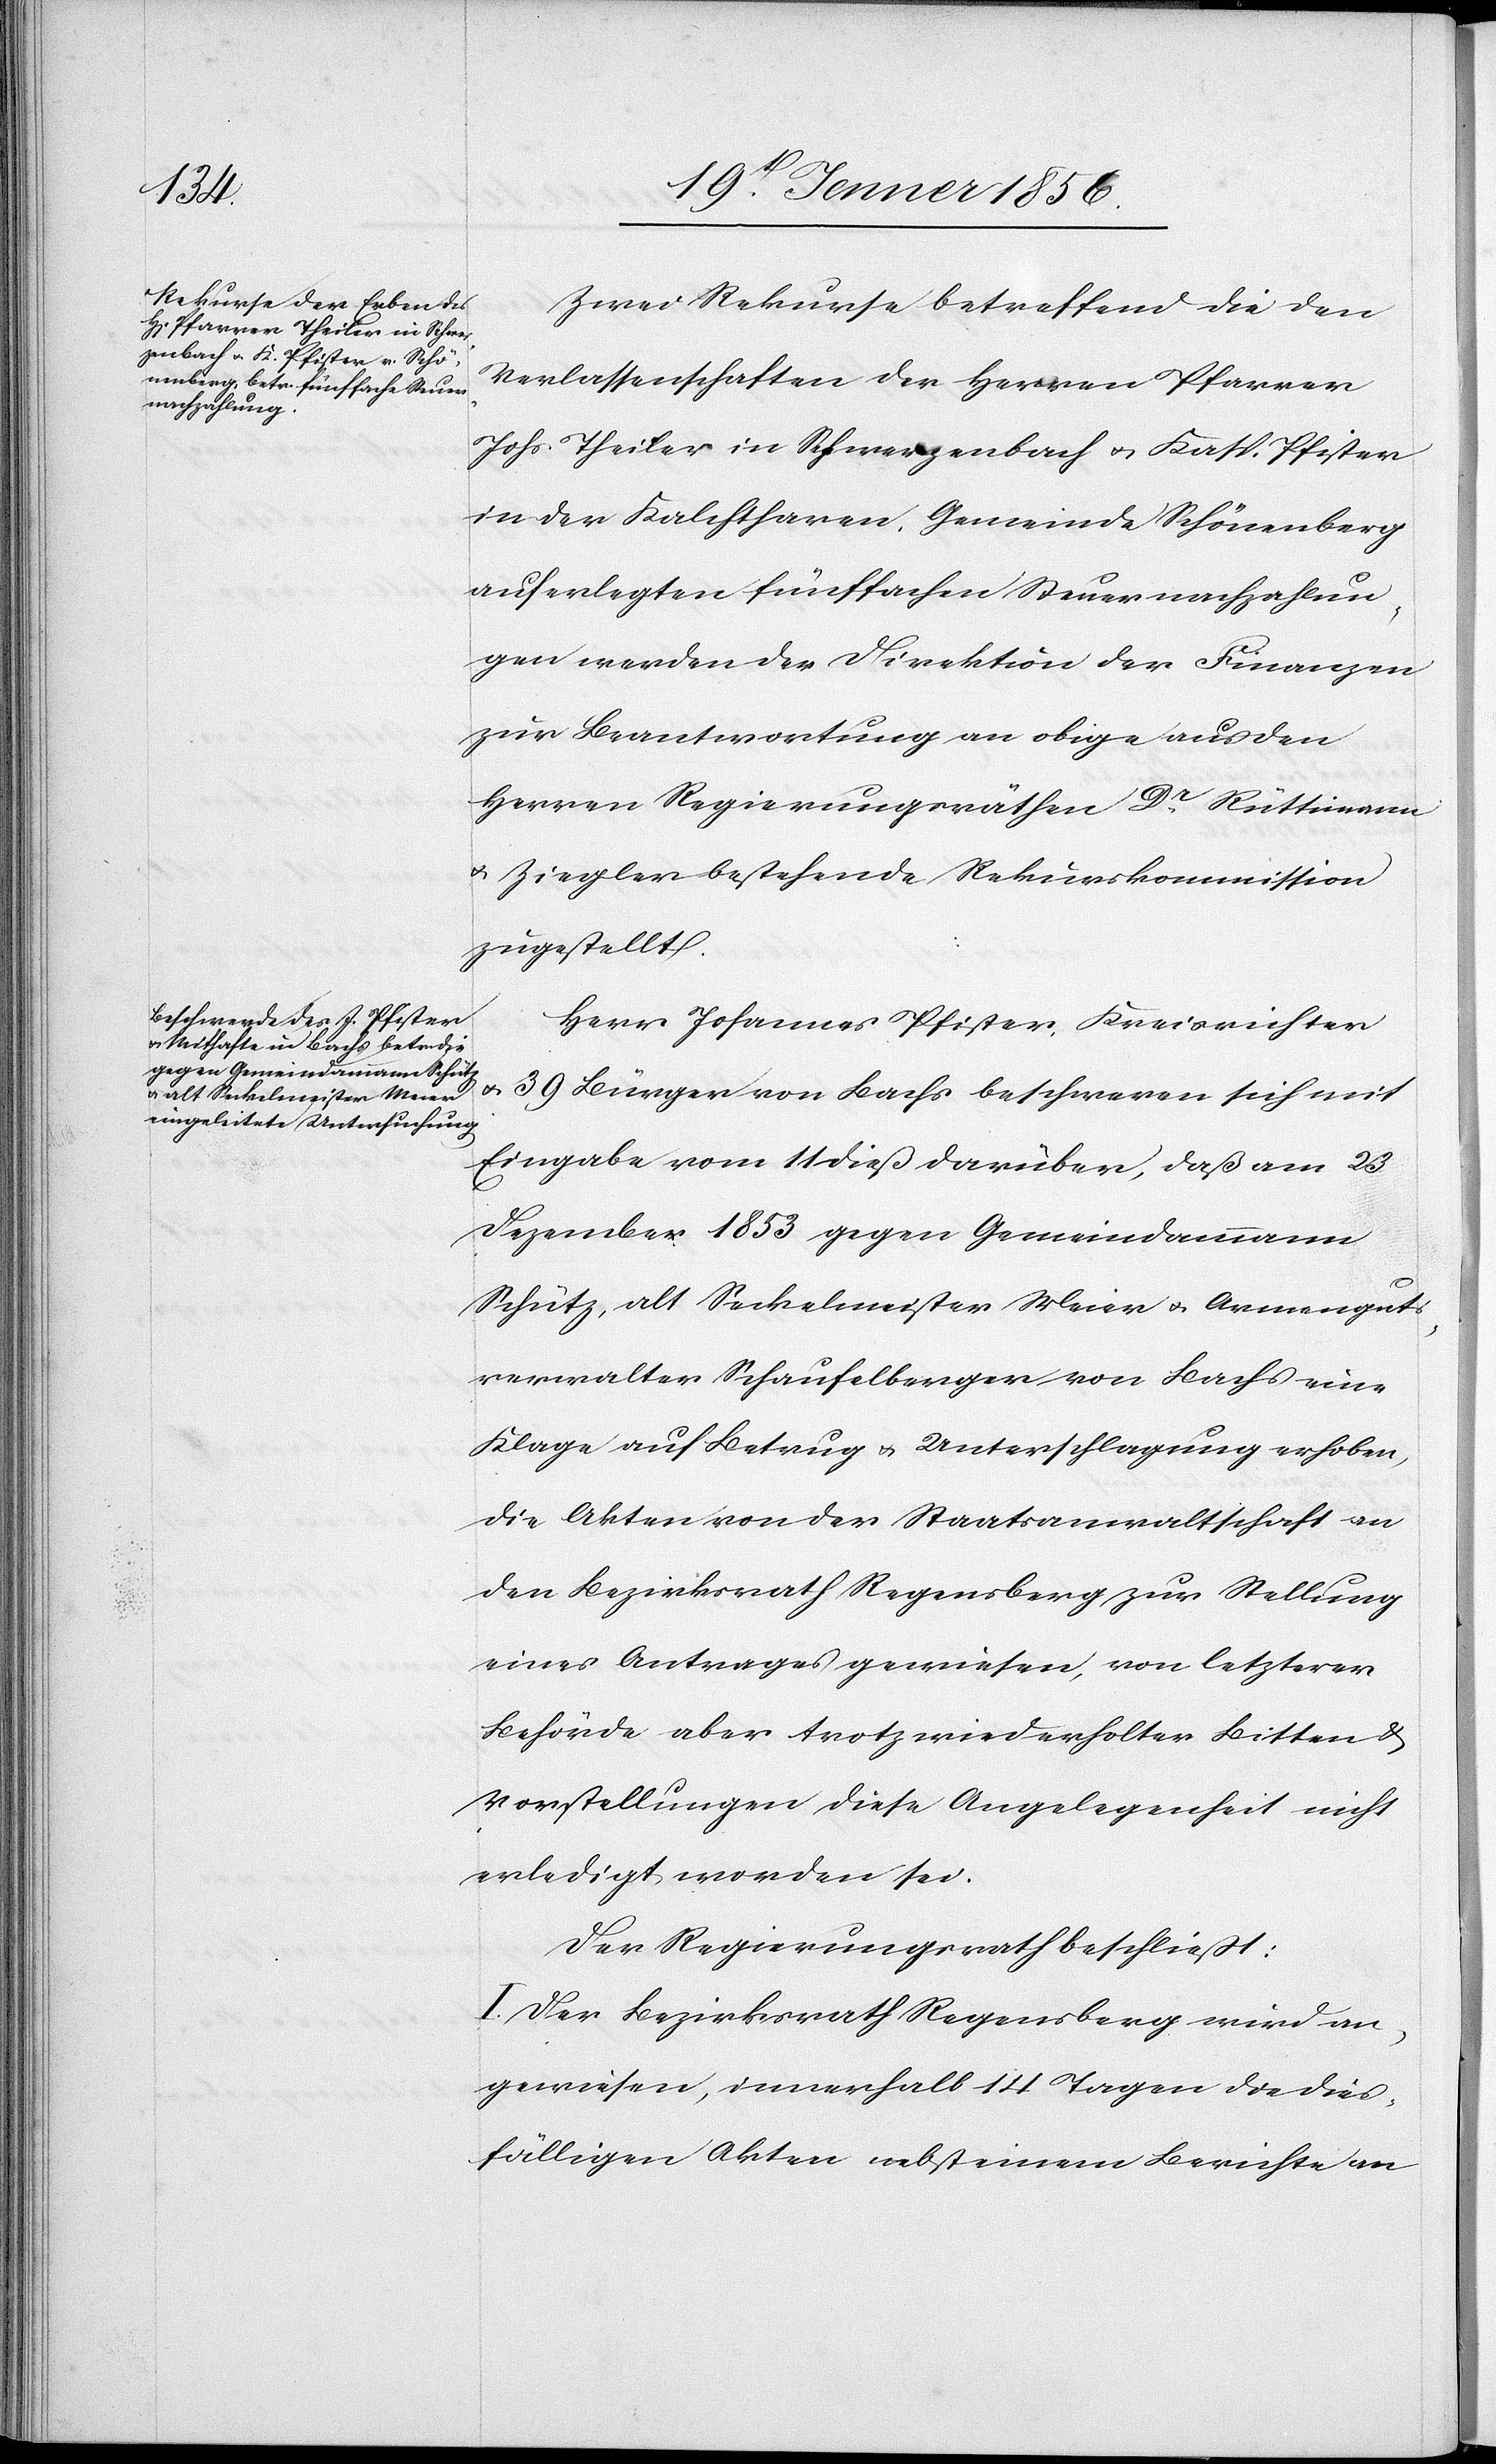
Zwei Rekurse betreffend die den
Verlassenschaften der Herren Pfarrer
Johs. Theiler in Schwerzenbach u. Kath.Pfister
in der Kalchtharen, Gemeinde Schönenberg
auferlegten fünffachen Steuernachzahlun¬
gen werden der Direktion der Finanzen
zur Beantwortung an obige aus den
Herren Regierungsräthen Dr Rüttimann
u. Ziegler bestehende Rekurskommission
zugestellt.
Herr Johannes Pfister, Kreisrichter
u. 39 Bürger von Bachs beschweren sich mit
Eingabe vom 11 dieß darüber, daß am 23
Dezember 1853 gegen Gemeindammann
Schütz, alt Seckelmeister Meier u. Armenguts¬
verwalter Schaufelberger von Bachs eine
Klage auf Betrug u. Unterschlagung erhoben,
die Akten von der Staatsanwaltschaft an
den Bezirksrath Regensberg zur Stellung
eines Antrages gewiesen, von letzterer
Behörde aber trotz wiederholter Bitten &
Vorstellungen diese Angelegenheit nicht
erledigt worden sei.
Der Regierungsrath beschließt:
I. Der Bezirksrath Regensberg wird an¬
gewiesen, innerhalb 14 Tagen die dies¬
fälligen Akten nebst einem Berichte an